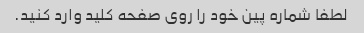
لطفا شماره پین ​​خود را روی صفحه کلید وارد کنید.